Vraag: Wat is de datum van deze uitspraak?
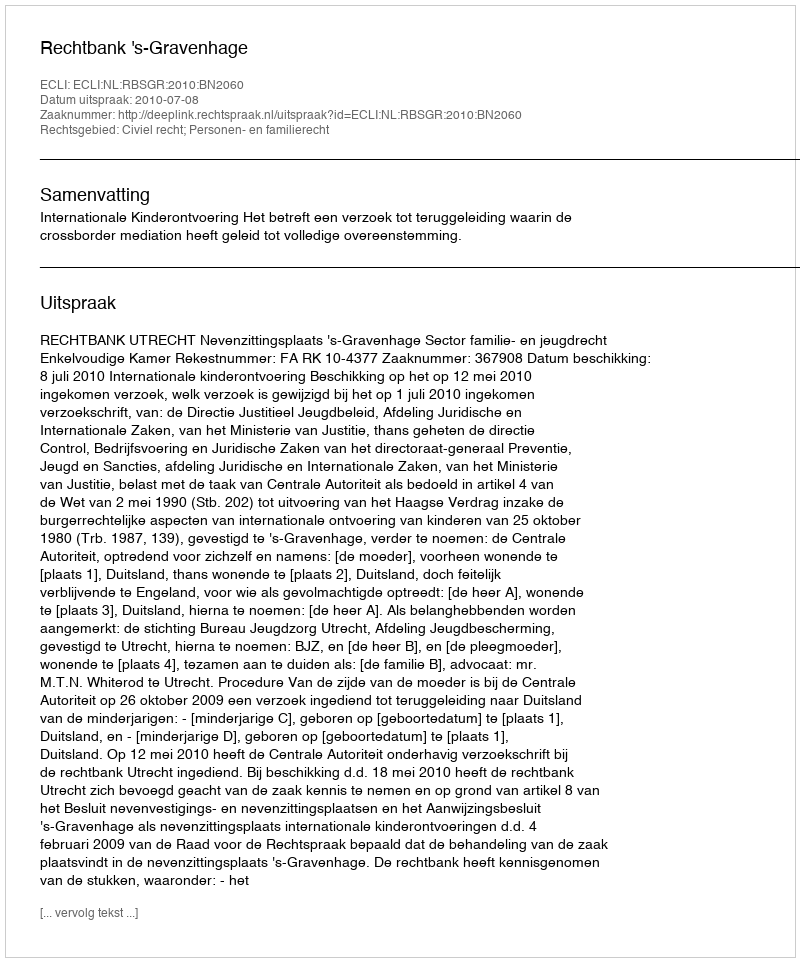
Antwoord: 2010-07-08